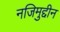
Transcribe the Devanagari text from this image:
नजिमुद्दीन